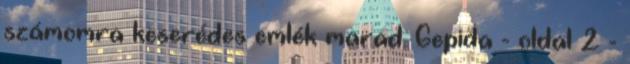
számomra keserédes emlék marad. Gepida - oldal 2 -